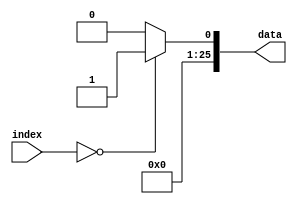
`timescale 1ns / 1ps
//////////////////////////////////////////////////////////////////////////////////
// Company: 
// Engineer: 
// 
// Design Name: 
// Module Name: Mvu
// Project Name: 
// Target Devices: 
// Tool Versions: 
// Description: 
// 
// Dependencies: 
// 
// Revision:
// Revision 0.01 - File Created
// Additional Comments:
// 
//////////////////////////////////////////////////////////////////////////////////


module Mvu(
  input [10:0]index,
  output reg[25:0]data
  );
  
  always @(index)
      case (index)                  
            0: begin
                data <= 26'b1;
            end 
            default: begin
                data <= 26'b00;  
            end
      endcase
     
endmodule